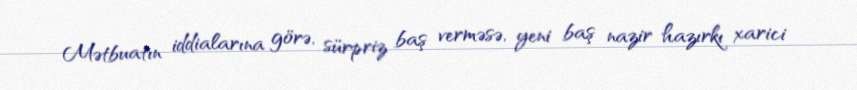
Mətbuatın iddialarına görə, sürpriz baş verməsə, yeni baş nazir hazırkı xarici